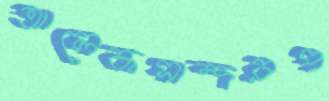
আলেকসান্দরপ